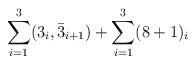
LaTeX: \begin{align*}\sum_{i=1}^3 (3_i, \bar{3}_{i+1}) + \sum_{i=1}^3(8+1)_i\end{align*}